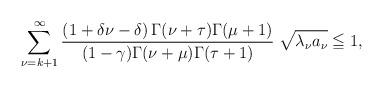
LaTeX: \begin{align*}\sum_{\nu =k+1}^{\infty} \dfrac{(1+\delta \nu - \delta) \,\Gamma(\nu+\tau)\Gamma{(\mu+1)}}{(1- \gamma)\Gamma(\nu+\mu)\Gamma(\tau+1)}\;\sqrt{ \lambda_{\nu} a_{\nu} } \leqq 1,\end{align*}